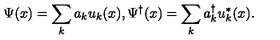
\Psi ( x ) = \sum _ { k } a _ { k } u _ { k } ( x ) , \Psi ^ { \dagger } ( x ) = \sum _ { k } a _ { k } ^ { \dagger } u _ { k } ^ { * } ( x ) .